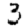
Digit: 3